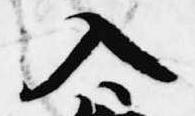
入